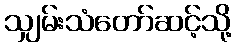
သျှမ်းသံတော်ဆင့်သို့